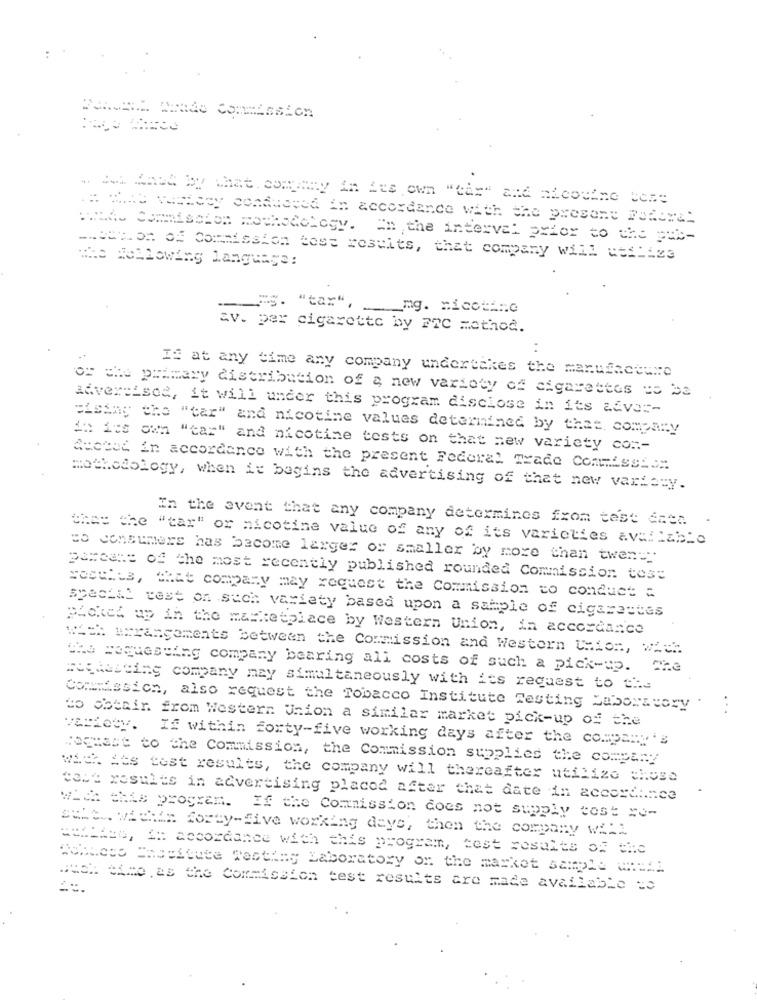
ZAMRA Unde CommERAtion
.# wie variety conducted in accordance with the present Foderat
HAS Commission methodology. In the interval prior to the pub-
matton of Commission tose results, that company Will utiliza
--
=S. "tar",
__ mg. nicotine
av. per cigarette by FTC method.
:
IS at any time any company undertakes the manufacture
or che primary distribution of a new variety of cigarettes to be
advertised, it will under this program disclose in its adver-
"ising the "tar" and nicotine values determined by that, company
in its own "tar" and nicotine tests on that new variety con-
Suoted in accordance with the present Federal Trade Commission
methodology, when it begins the advertising of that new variety.
In the event that any company determines from test data
that the "tar" or nicotine value of any of its varieties available
"o consumers has become larger or smaller by more than twen=".
perear: of the most recently published rounded Commission test
socthus, "hat company may request the Commission to conduct =
special test on such variety based upon a sample of cigarettes
Picked up in the marketplace by Western Union, in accordance
w ==* arrangements between the Commission and Western Union, with.
che requesting company bearing all costs of such a pick-up. The
meghosting company may simultaneously with its request to the
Commission, also request the Tobacco Institute Testing Laboratory
...
to obecir. from Western Union a similar market pick-up of the
Variety.
If within forty-five working days after the company's
Fogmast to the Commission, the Commission supplies the company
with its test results, the company will thereafter utilize chose
talt results in advertising placed after that date in accordance
With this program. If the Commission does not supply cost ce-
salt. wielka forty-five working days, then the company will
AchLato, in accordance with this programm, test results of the
#chicco Encefcute Testing Laboratory on the market sample =====
MUCH time as the Commission test results are made available to